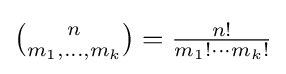
{\tbinom {n}{m_{1},\ldots ,m_{k}}}={\tfrac {n!}{m_{1}!\cdots m_{k}!}}